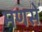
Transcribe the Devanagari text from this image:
मणसे